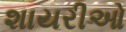
શાયરીઓ